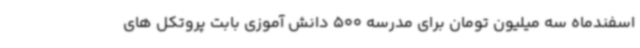
اسفندماه سه میلیون تومان برای مدرسه 500 دانش آموزی بابت پروتکل های